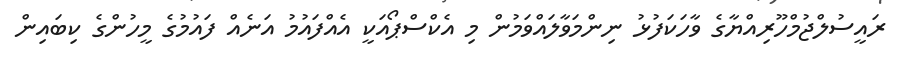
ރައީސުލްޖުމްހޫރިއްޔާގެ ވާހަކަފުޅު ނިންމަވާލައްވަމުން މި އެކްސްޕޯއަކީ އެއްފައުމު އަނެއް ފައުމުގެ މީހުންގެ ކިބައިން